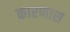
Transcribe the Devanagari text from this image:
कारणास